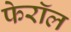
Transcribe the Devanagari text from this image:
फेरॉल